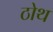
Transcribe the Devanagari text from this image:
ठोथ